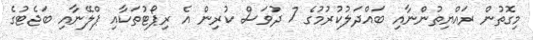
މިގޮތުން ރައްޔިތުންނާއި ބައްދަލުކުރުމުގެ 7 ދުވަސް ކުރިން އެ ރިޕޯޓުތަކާއި ޕްލޭނާއި ބަޖެޓުގެ